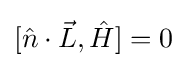
[{\hat {n}}\cdot {\vec {L}},{\hat {H}}]=0